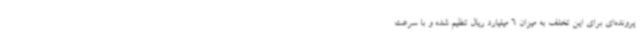
پرونده‌ای برای این تخلف به میزان 6 میلیارد ریال تنظیم شده و با سرعت